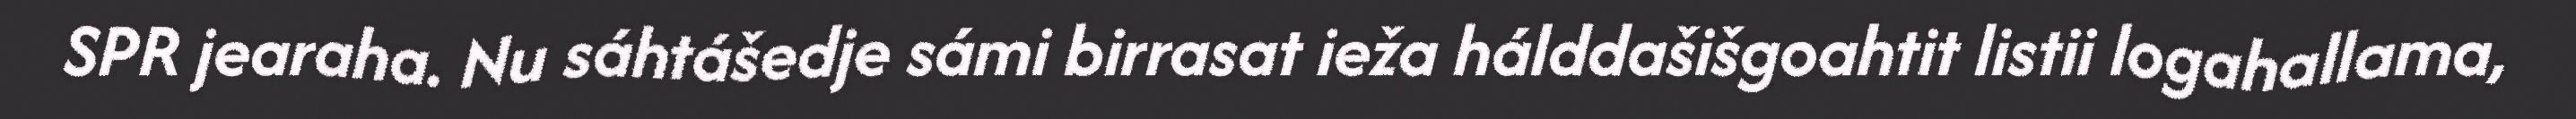
SPR jearaha. Nu sáhtášedje sámi birrasat ieža hálddašišgoahtit listii logahallama,